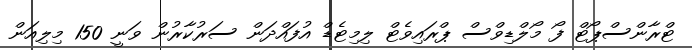
ޓްރާންސްޕޯޓް ފޯ މޯލްޑިވްސް ޕްރައިވެޓް ލިމިޓެޑް އުފައްދަން ސަރުކާރުން ވަނީ 150 މިލިއަން